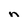
Character: n